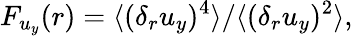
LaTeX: F_{u_{y}}(r)=\langle(\delta_{r}u_{y})^{4}\rangle/\langle(\delta_{r}u_{y})^{2}\rangle,